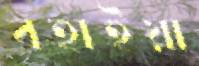
বহাইয়া